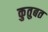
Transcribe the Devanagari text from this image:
कुतुबत